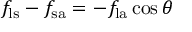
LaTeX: f _ { \mathrm { l s } } - f _ { \mathrm { s a } } = - f _ { \mathrm { l a } } \cos \theta